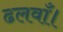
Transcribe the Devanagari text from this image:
ढलवाँ।